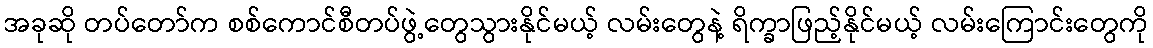
အခုဆို တပ်တော်က စစ်ကောင်စီတပ်ဖွဲ့တွေသွားနိုင်မယ့် လမ်းတွေနဲ့ ရိက္ခာဖြည့်နိုင်မယ့် လမ်းကြောင်းတွေကို